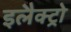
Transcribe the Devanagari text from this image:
इलैक्ट्रो